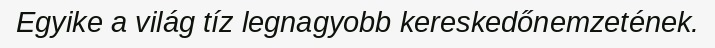
Egyike a világ tíz legnagyobb kereskedőnemzetének.